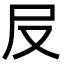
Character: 㞋